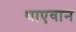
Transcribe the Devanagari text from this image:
थाएवान